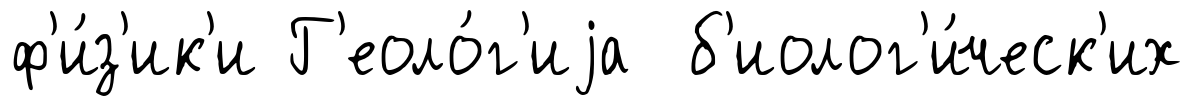
ф'и́з'ик'и Г'еоло́г'иjа б'иолог'и́ческ'их